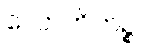
လောဟိတဉ္စ